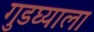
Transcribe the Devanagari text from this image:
गुडघ्याला